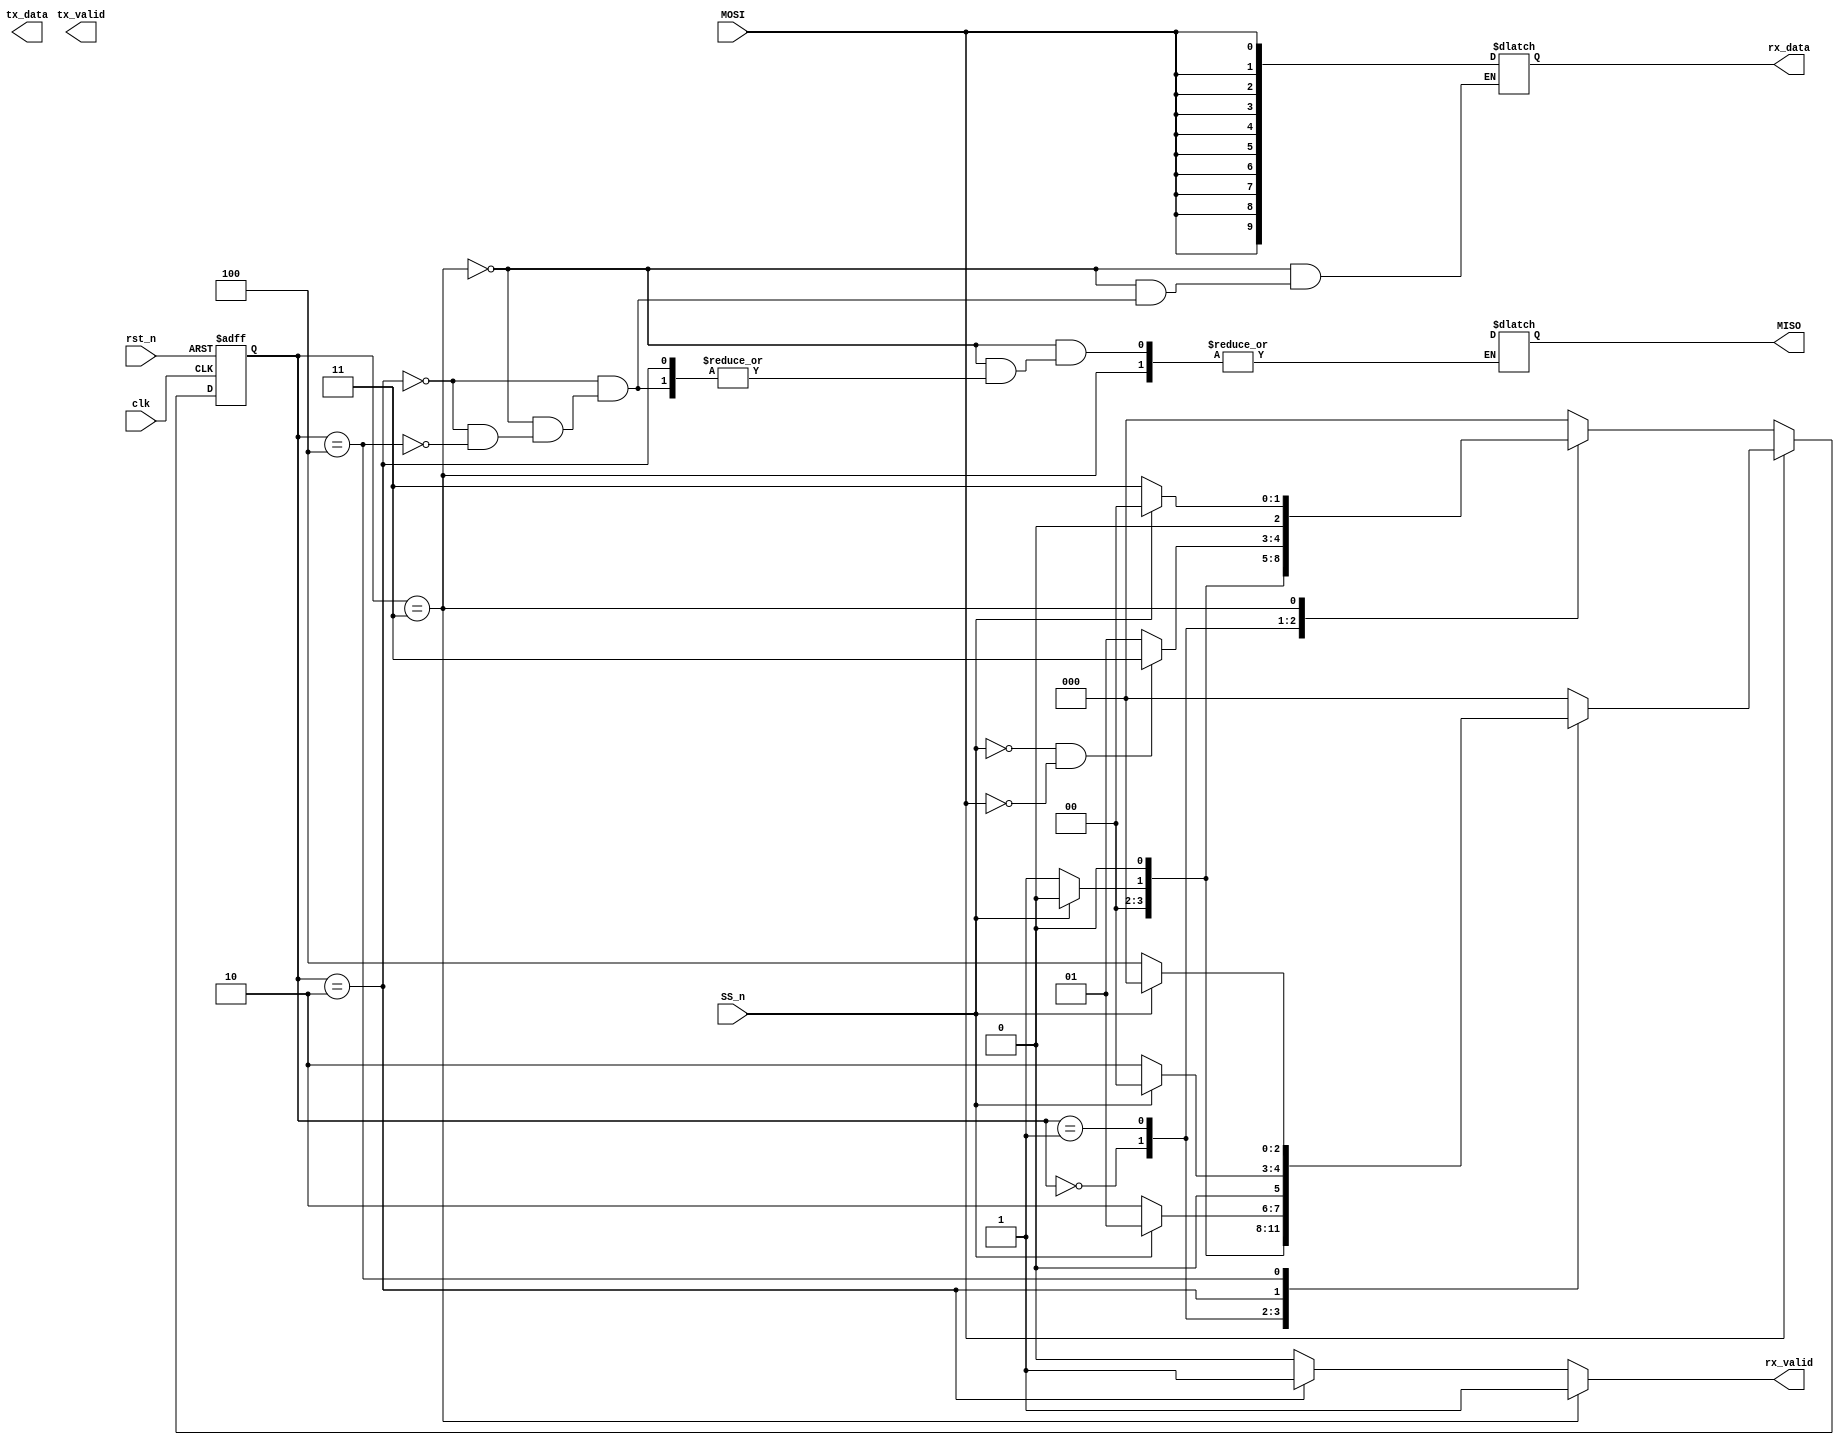
module spi(MOSI,SS_n,clk,rst_n,MISO,rx_data,rx_valid,tx_data,tx_valid);

	parameter IDLE = 3'b000;
	parameter CHK_CMD = 3'b001;
	parameter READ_ADD =3'b010;
	parameter WRITE = 3'b011;
	parameter READ_DATA =3'b100;
	input  MOSI,clk,SS_n,rst_n;
	output reg MISO;
	output reg [9:0] rx_data;
	output reg rx_valid,tx_valid;
	output reg [7:0]tx_data;
	reg [2:0] cs,ns;
	reg adr_data;
	integer i;

	//state mem
	always @(posedge clk or negedge rst_n) begin
		if (~rst_n)
			cs <= IDLE;
		else 
			cs <= ns;
	end

	//next state logic 
	always @(*) begin
		adr_data = 0;
		if (MOSI) begin
			case (cs)
				IDLE:
					if (~SS_n)
		 					ns = CHK_CMD;
		 			else 
		 					ns = IDLE;
				CHK_CMD:
					if (~SS_n && ~adr_data)begin
							ns = READ_ADD;
					end
					else if (~SS_n && adr_data)
							ns = READ_DATA;
					else 
							ns = CHK_CMD;		
				READ_ADD:
					if (SS_n)
							ns = IDLE;
					else 
							ns = READ_ADD;
				READ_DATA:
					if (SS_n) 
						ns = IDLE;
					else 
						ns = READ_DATA;
				default:
				ns = IDLE;		
			endcase
		end	
		else begin
			case(cs) 
	        IDLE:
		         if(SS_n)
		            ns = IDLE;
		         else 
		            ns = CHK_CMD;
	        CHK_CMD:
		         if(~SS_n && ~MOSI)
		            ns = WRITE;
		         else 
		            ns = CHK_CMD;
	        WRITE:
		         if(SS_n)
		            ns = IDLE;
		         else 
		            ns = WRITE;
	        default: 
	        	ns = IDLE;
	     endcase
		end
	end

  //Output Logic
  always@(cs) begin
  		rx_valid = 0;
      if(cs==WRITE) begin
          for(i=0;i<10;i=i+1) begin
              rx_data[i]=MOSI;
          end
          rx_valid=1;
      end
      else if (cs == READ_ADD) begin
      		for(i=0;i<10;i=i+1) begin
              rx_data[i]=MOSI;
          end
          rx_valid=1;
          adr_data = adr_data + 1;
      end
      else if (cs == READ_DATA) begin
      		for(i=0;i<10;i=i+1) begin
              rx_data[i]=MOSI;  //dummy bits  
          end
          for(i=0;i<8;i=i+1) begin
              MISO=tx_data[i];
          end
      end
  end 

endmodule